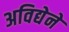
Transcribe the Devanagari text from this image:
अविद्येने